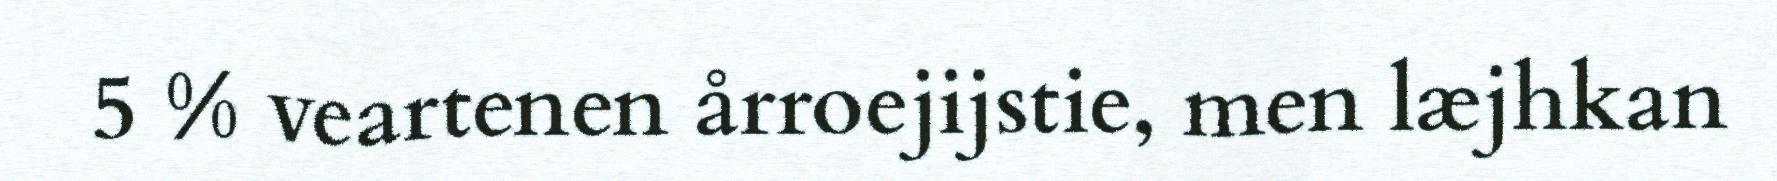
5 % veartenen årroejijstie, men læjhkan